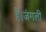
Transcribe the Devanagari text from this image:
है।जंगली